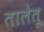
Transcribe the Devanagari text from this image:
तालेतू